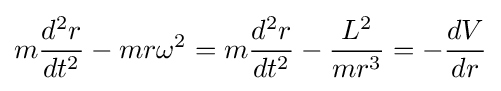
m{\frac {d^{2}r}{dt^{2}}}-mr\omega ^{2}=m{\frac {d^{2}r}{dt^{2}}}-{\frac {L^{2}}{mr^{3}}}=-{\frac {dV}{dr}}